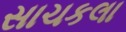
સાચકલા